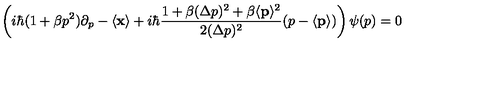
\left( i \hbar ( 1 + \beta p ^ { 2 } ) \partial _ { p } - \langle { \bf { x } } \rangle + i \hbar \frac { 1 + \beta ( \Delta p ) ^ { 2 } + \beta \langle { \bf { p } } \rangle ^ { 2 } } { 2 ( \Delta p ) ^ { 2 } } ( p - \langle { \bf { p } } \rangle ) \right) \psi ( p ) = 0